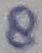
Text: 8